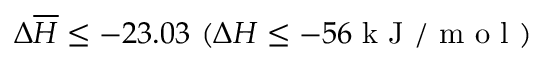
\Delta \overline { { H } } \le - 2 3 . 0 3 ~ ( \Delta H \le - 5 6 \mathrm { ~ k ~ J ~ / ~ m ~ o ~ l ~ } )